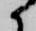
候